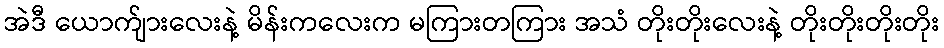
အဲဒီ ယောက်ျားလေးနဲ့ မိန်းကလေးက မကြားတကြား အသံ တိုးတိုးလေးနဲ့ တိုးတိုးတိုးတိုး